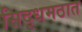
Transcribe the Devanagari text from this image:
सिद्धमठात